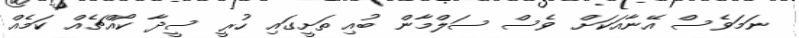
ނަމަވެސް އޭނާއަަަކަށް ވެސް ސަލްމާން ބުއި ތަށީގައި ހުރީ ސީދާ ކޯއްޗެއް ކަމެއް